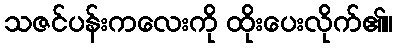
သဇင်ပန်းကလေးကို ထိုးပေးလိုက်၏။